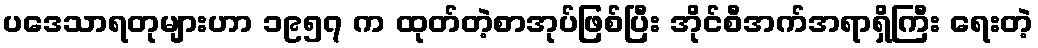
ပဒေသာရတုများဟာ ၁၉၅၇ က ထုတ်တဲ့စာအုပ်ဖြစ်ပြီး အိုင်စီအက်အရာရှိကြီး ရေးတဲ့